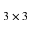
3 \times 3